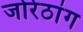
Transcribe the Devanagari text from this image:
जोरेठांग